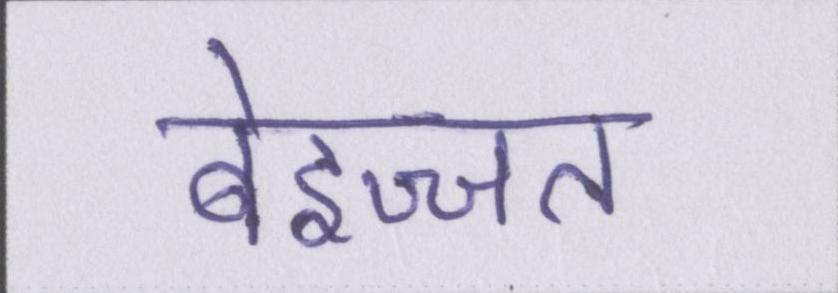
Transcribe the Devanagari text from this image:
बेइज्जत